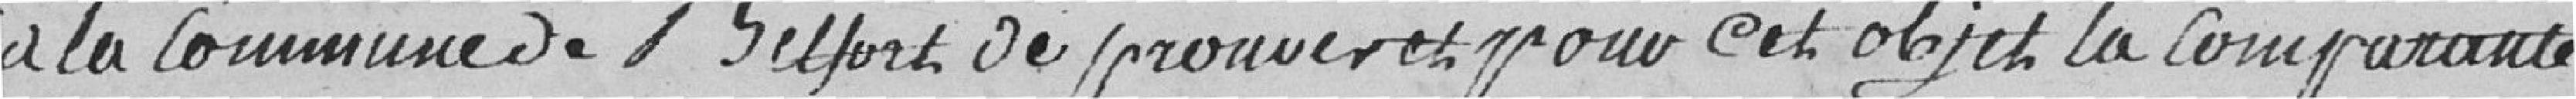
à la Commune de Belfort de prouver et pour cet objet la comparante